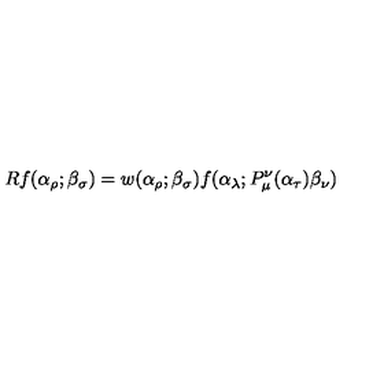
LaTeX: R f ( \alpha _ { \rho } ; \beta _ { \sigma } ) = w ( \alpha _ { \rho } ; \beta _ { \sigma } ) f ( \alpha _ { \lambda } ; P _ { \mu } ^ { \nu } ( \alpha _ { \tau } ) \beta _ { \nu } )